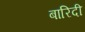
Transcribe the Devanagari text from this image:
बारिदी